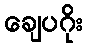
ချေပဂိုး